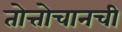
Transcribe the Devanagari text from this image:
तोत्तोचानची